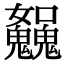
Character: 𩴿